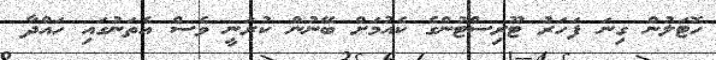
ހޮޓަލުން ގިނަ ފަހަރު ޓޫރިސްޓުންގެ ކެއުމަށް ބޭނުން ކުރަނީ ވެސް އެތަނުގައި ހައްދާ